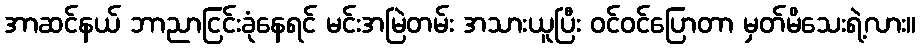
အာဆင်နယ် ဘာညာငြင်းခုံနေရင် မင်းအမြဲတမ်း အသားယူပြီး ဝင်ဝင်ပြောတာ မှတ်မိသေးရဲ့လား။